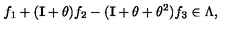
f _ { 1 } + ( { \bf I } + \theta ) f _ { 2 } - ( { \bf I } + \theta + \theta ^ { 2 } ) f _ { 3 } \in \Lambda ,